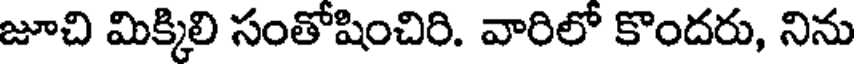
జూచి మిక్కిలి సంతోషించిరి. వారిలో కొందరు, నిను